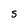
Character: s